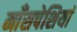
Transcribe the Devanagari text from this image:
माँसपेशियां